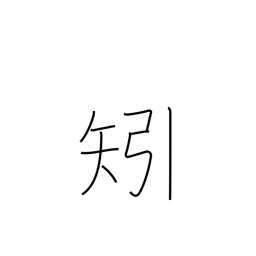
Meaning: feather (arrow)